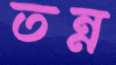
তন্ন